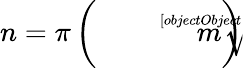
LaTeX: n=\pi\left({\sqrt[[objectObject]]{m}}\right)